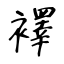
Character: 襗